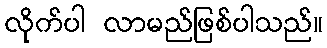
လိုက်ပါ လာမည်ဖြစ်ပါသည်။